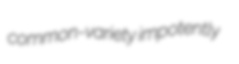
common-variety impotently